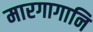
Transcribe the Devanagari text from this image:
मारगागानि